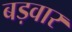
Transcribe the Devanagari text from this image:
बड़वार